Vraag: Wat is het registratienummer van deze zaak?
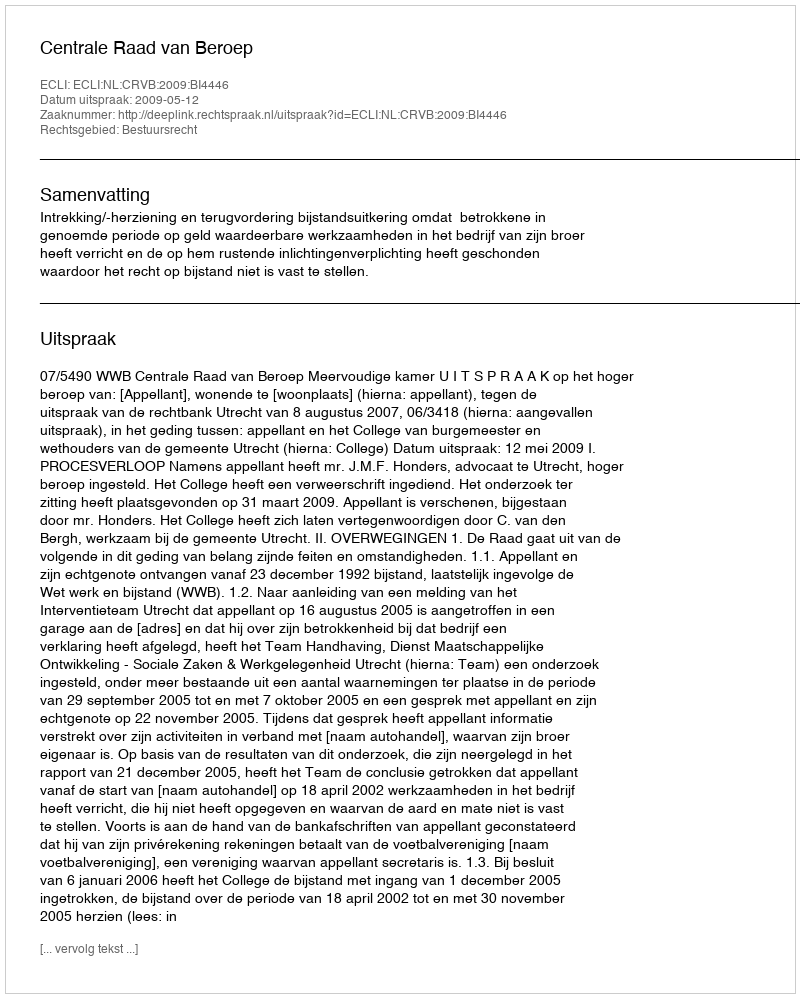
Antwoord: http://deeplink.rechtspraak.nl/uitspraak?id=ECLI:NL:CRVB:2009:BI4446